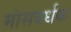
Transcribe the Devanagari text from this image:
मांसवर्धक